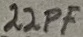
Text: 22PF